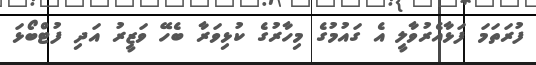
ފުރަތަމަ ފަޅާއެރުވާލީ އެ ގައުމުގެ މިހާރުގެ ކުޅިވަރާ ބެހޭ ވަޒީރު އަދި ފުޓްބޯޅަ